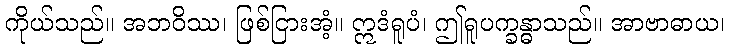
ကိုယ်သည်။ အဘဝိဿ၊ ဖြစ်ငြားအံ့။ ဣဒံရူပံ၊ ဤရူပက္ခန္ဓာသည်။ အာဗာဓာယ၊